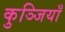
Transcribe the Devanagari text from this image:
कुञ्जियाँ